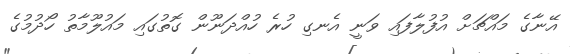
އޭނާގެ މައްޗަށް އުފުލާފައި ވަނީ އެނގި ހުރެ ހުއްދަނޫން ގޮތުގައި މައުލޫމާތު ހޯދުމުގެ